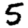
Digit: 5